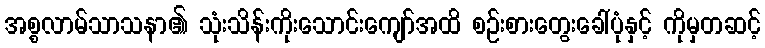
အစ္စလာမ်သာသနာ၏ သုံးသိန်းကိုးသောင်းကျော်အထိ စဉ်းစားတွေးခေါ်ပုံနှင့် ကိုမှတဆင့်